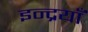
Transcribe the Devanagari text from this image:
इन्द्रयाँ